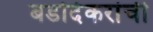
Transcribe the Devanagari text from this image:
बडोदेकरांची